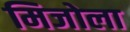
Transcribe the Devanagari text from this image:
मिजोला